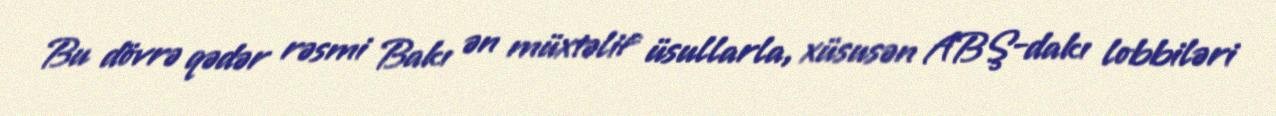
Bu dövrə qədər rəsmi Bakı ən müxtəlif üsullarla, xüsusən ABŞ-dakı lobbiləri